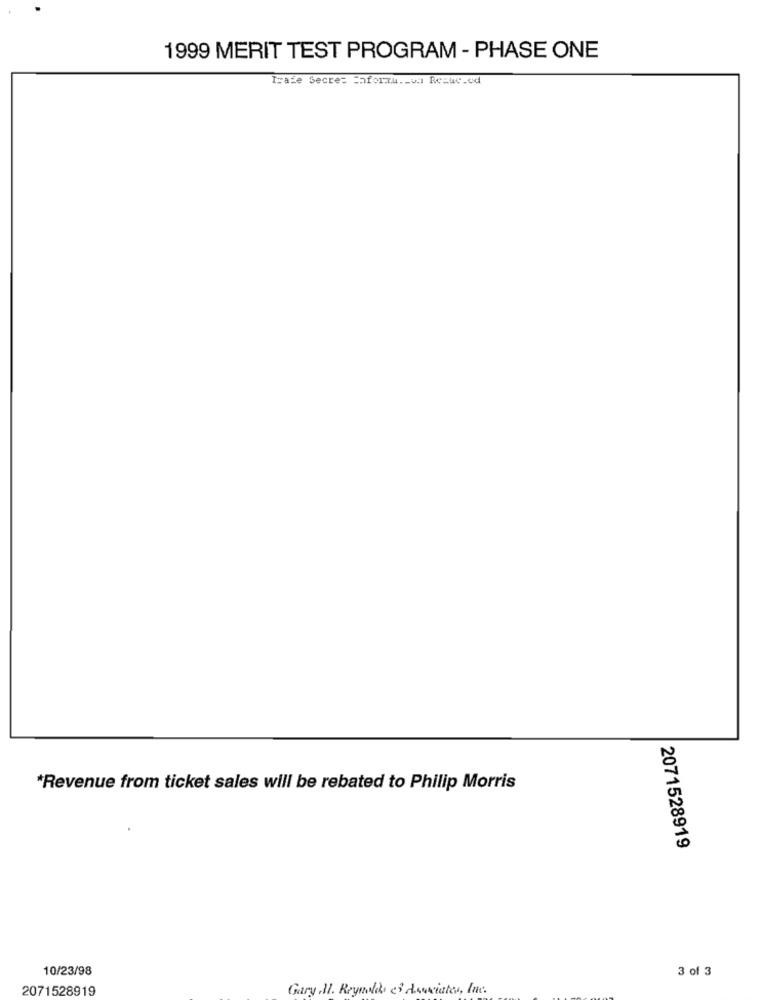
1999 MERIT TEST PROGRAM - PHASE ONE
I=aie Secres =hforzu .. va Resuc.od
*Revenue from ticket sales will be rebated to Philip Morris
2071528919
10/23/98
3 of 3
2071528919
Gary .Il. Reynolds e3 Asociates, Inc.